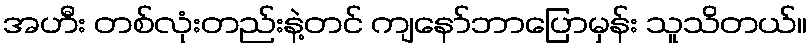
အဟီး တစ်လုံးတည်းနဲ့တင် ကျနော်ဘာပြောမှန်း သူသိတယ်။